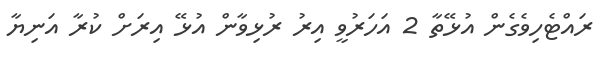
ރައްޓެހިވެގެން އުޅޭތާ 2 އަހަރުވީ އިރު ރުޅިވާން އުޅޭ އިރަށް ކުރާ އަނިޔާ